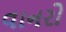
વાનરો